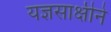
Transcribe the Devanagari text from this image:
यज्ञसाक्षीने